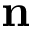
\mathbf { n }